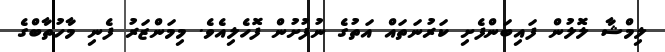
ލިމްޝާ ލޮލުން ފައިބަންފެށި ކަރުނަތައް އަތުގެ ނުފުށުން ފޮހެލިއެވެ. މިމަންޒަރު ފެނި މާހުތާބްގެ